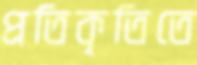
প্রতিকৃতিতে